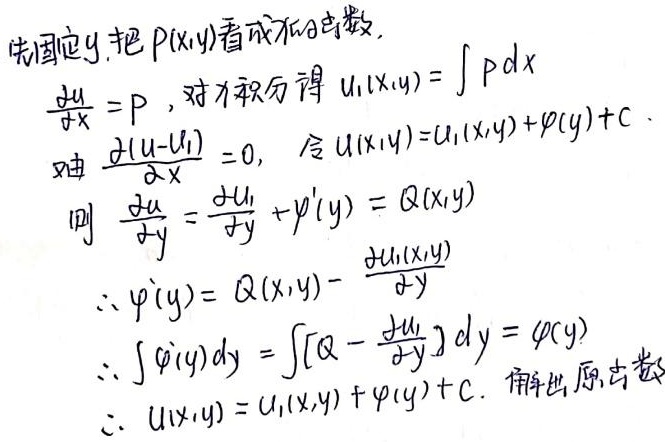
先固定\(y\),把 \(P(x,y)\)看成\(x\)的函数.
\[\begin{align*}
\frac{\partial u}{\partial x} &= P，对x积分得 u_1(x,y)=\int Pdx\\
由\frac{\partial (u - u_1)}{\partial x} &= 0，令u(x,y)=u_1(x,y)+\varphi(y)+c.\\
则\frac{\partial u}{\partial y} &= \frac{\partial u_1}{\partial y}+\varphi^{\prime}(y)=Q(x,y)\\
\therefore \varphi^{\prime}(y) &= Q(x,y)-\frac{\partial u_1(x,y)}{\partial y}\\
\therefore \int \varphi^{\prime}(y)dy&=\int\left[Q - \frac{\partial u_1}{\partial y}\right]dy=\varphi(y)\\
\therefore u(x,y) &= u_1(x,y)+\varphi(y)+c. 解出原函数
\end{align*}\]